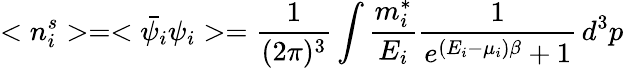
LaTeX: <n_{i}^{s}>=<\bar{\psi_{i}}\psi_{i}>=\frac{1}{(2\pi)^{3}}\int\frac{m_{i}^{*}}{E_{i}}\frac{1}{e^{(E_{i}-\mu_{i})\beta}+1}\, d^{3}p